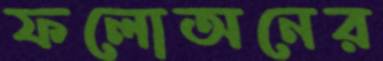
ফলোঅনের